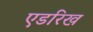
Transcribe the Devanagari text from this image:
एडरिख